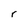
Character: r